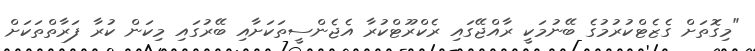
"މިގޮތަށް ގެޒެޓްކުރުމުގެ ބޭނުމަކީ ރާއްޖޭގައި ރެކްރޫޓްކުރާ އެޖެންސީތަކަށާއި ބޭރުގައި މިކަން ކުރާ ފަރާތްތަކަަށް